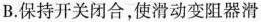
B. 保持开关闭合，使滑动变阻器滑